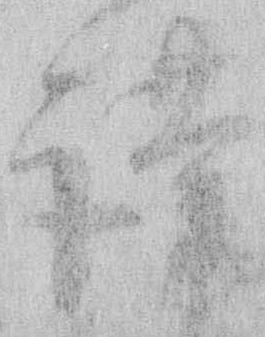
謹